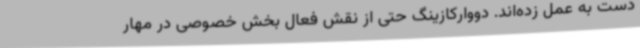
دست به عمل زده‌اند. دووارکازینگ حتی از نقش فعال بخش خصوصی در مهار